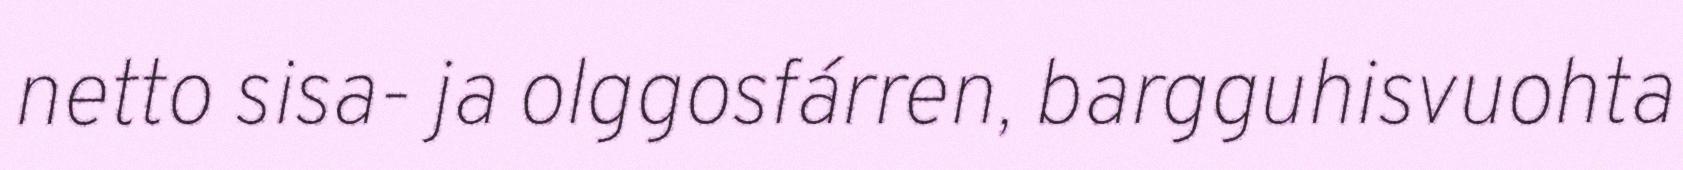
netto sisa- ja olggosfárren, bargguhisvuohta